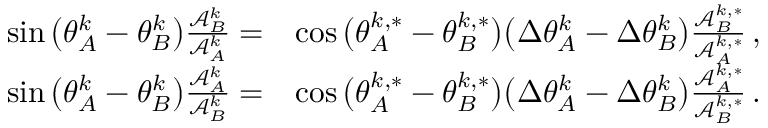
\begin{array} { r l } { \sin \big ( \theta _ { A } ^ { k } - \theta _ { B } ^ { k } \big ) \frac { \mathcal { A } _ { B } ^ { k } } { \mathcal { A } _ { A } ^ { k } } = } & { \cos \big ( \theta _ { A } ^ { k , * } - \theta _ { B } ^ { k , * } \big ) \big ( \Delta \theta _ { A } ^ { k } - \Delta \theta _ { B } ^ { k } \big ) \frac { \mathcal { A } _ { B } ^ { k , * } } { \mathcal { A } _ { A } ^ { k , * } } \, , } \\ { \sin \big ( \theta _ { A } ^ { k } - \theta _ { B } ^ { k } \big ) \frac { \mathcal { A } _ { A } ^ { k } } { \mathcal { A } _ { B } ^ { k } } = } & { \cos \big ( \theta _ { A } ^ { k , * } - \theta _ { B } ^ { k , * } \big ) \big ( \Delta \theta _ { A } ^ { k } - \Delta \theta _ { B } ^ { k } \big ) \frac { \mathcal { A } _ { A } ^ { k , * } } { \mathcal { A } _ { B } ^ { k , * } } \, . } \end{array}